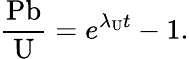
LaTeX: {\frac{\mathrm{Pb}}{\mathrm{U}}}=e^{\lambda_{\mathrm{U}}t}-1.